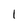
Character: I